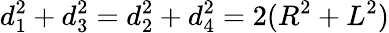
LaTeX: d_{1}^{2}+d_{3}^{2}=d_{2}^{2}+d_{4}^{2}=2(R^{2}+L^{2})